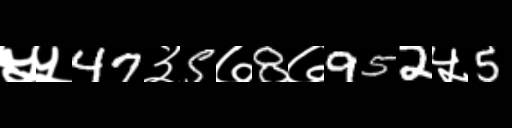
Text: ५५47३5७8७952५5